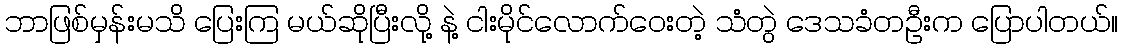
ဘာဖြစ်မှန်းမသိ ပြေးကြ မယ်ဆိုပြီးလို့ နဲ့ ငါးမိုင်လောက်ဝေးတဲ့ သံတွဲ ဒေသခံတဦးက ပြောပါတယ်။